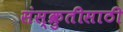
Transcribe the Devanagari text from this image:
संस्क्रुतीसाठी